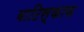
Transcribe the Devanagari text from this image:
बाटिस्काफ